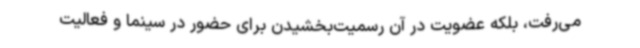
می‌رفت، بلکه عضویت در آن رسمیت‌بخشیدن برای حضور در سینما و فعالیت